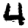
Digit: 4